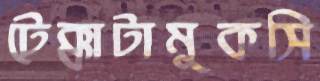
টেক্কাটামুকসি